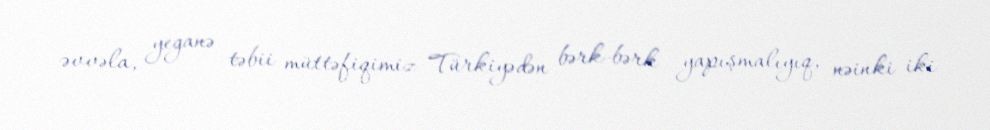
əvvəla, yeganə təbii müttəfiqimiz Türkiyədən bərk-bərk yapışmalıyıq, nəinki iki